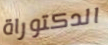
الدكتوراة